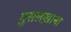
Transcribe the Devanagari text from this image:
ग़ुसलख़ाना